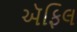
ઍફિલ